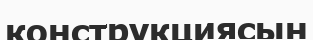
конструкциясын